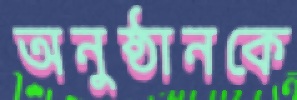
অনুষ্ঠানকে